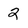
Character: 2